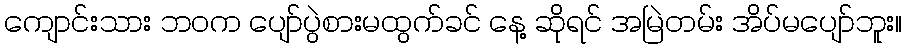
ကျောင်းသား ဘဝက ပျော်ပွဲစားမထွက်ခင် နေ့ ဆိုရင် အမြဲတမ်း အိပ်မပျော်ဘူး။